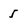
Character: 5